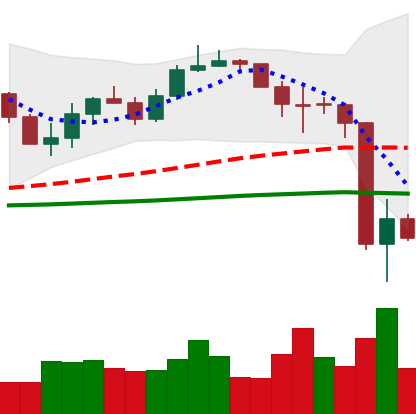
Ticker: LINK-USD
Chart end date: 2020-03-14
Forward return: 4.812%
Label: up_3_5